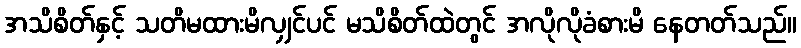
အသိစိတ်နှင့် သတိမထားမိလျှင်ပင် မသိစိတ်ထဲတွင် အလိုလိုခံစားမိ နေတတ်သည်။